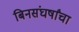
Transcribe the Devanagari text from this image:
बिनसंघर्षांचा